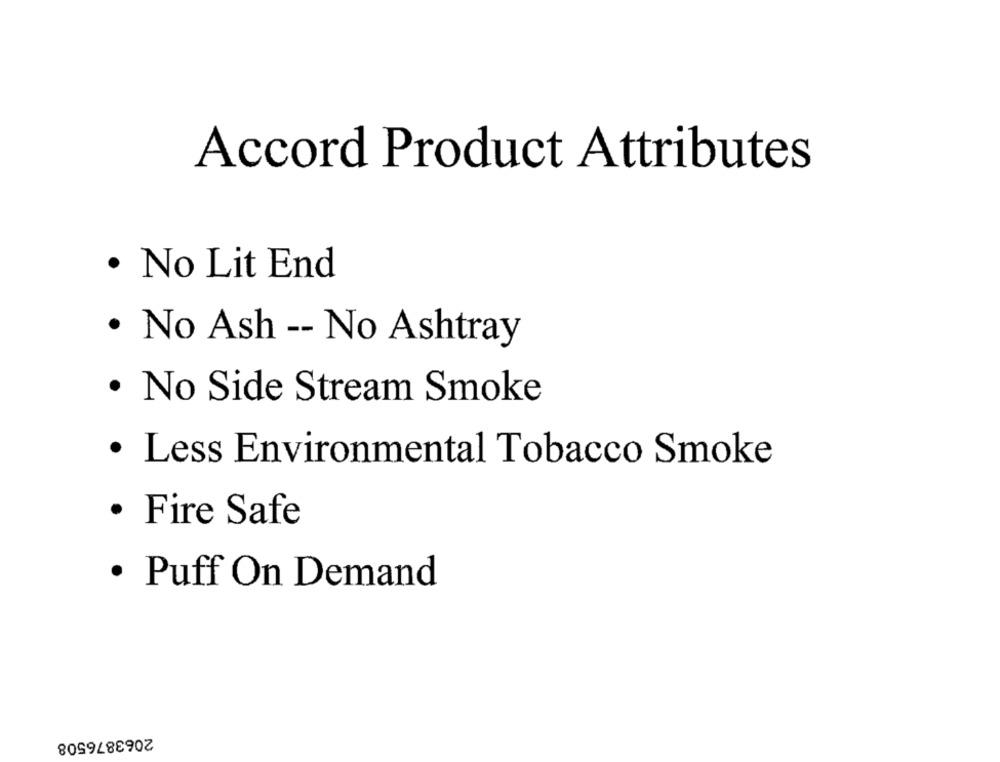
Accord Product Attributes
· No Lit End
· No Ash -- No Ashtray
· No Side Stream Smoke
· Less Environmental Tobacco Smoke
· Fire Safe
· Puff On Demand
2063876508